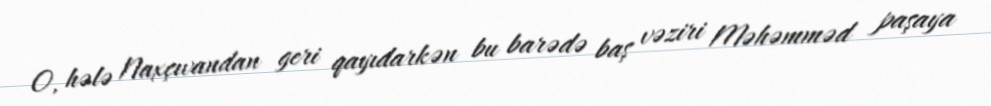
O, hələ Naxçıvandan geri qayıdarkən bu barədə baş vəziri Məhəmməd paşaya